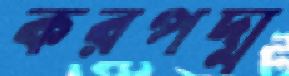
করপদ্ম